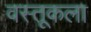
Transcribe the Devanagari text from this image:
वस्तूकला